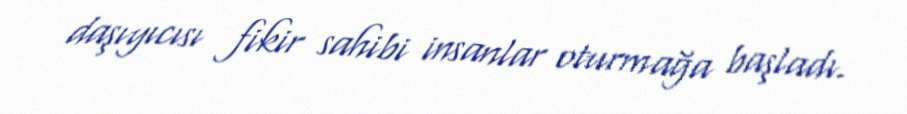
daşıyıcısı fikir sahibi insanlar oturmağa başladı.